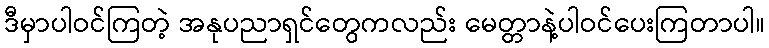
ဒီမှာပါဝင်ကြတဲ့ အနုပညာရှင်တွေကလည်း မေတ္တာနဲ့ပါဝင်ပေးကြတာပါ။